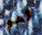
تعم